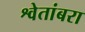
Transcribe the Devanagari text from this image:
श्वेतांबरा